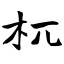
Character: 杌